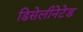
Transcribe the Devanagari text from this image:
डिसेलीनेटेड